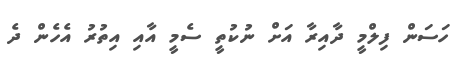
ހަސަން ފިލްމީ ދާއިރާ އަށް ނުކުތީ ސެމީ އާއި އިތުރު އެހެން ދެ